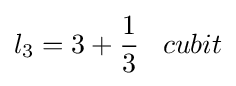
l_{3}=3+{\frac {1}{3}}\;\;\;cubit